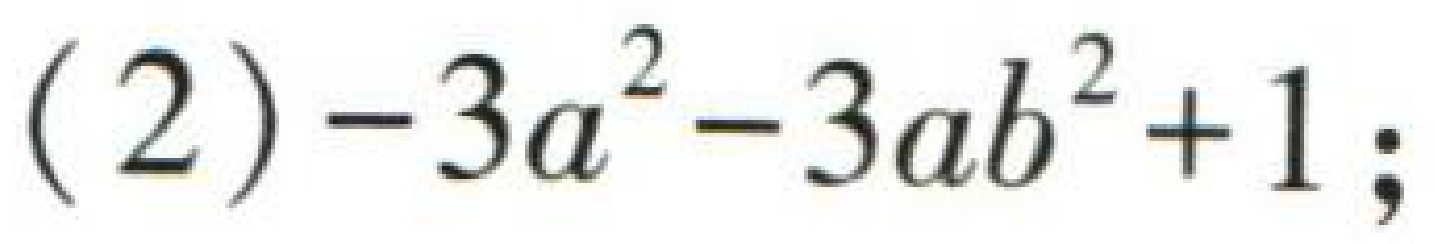
(2) \(-3a^{2}-3ab^{2}+1;\)